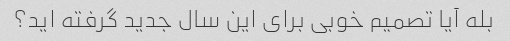
بله آیا تصمیم خوبی برای این سال جدید گرفته اید؟